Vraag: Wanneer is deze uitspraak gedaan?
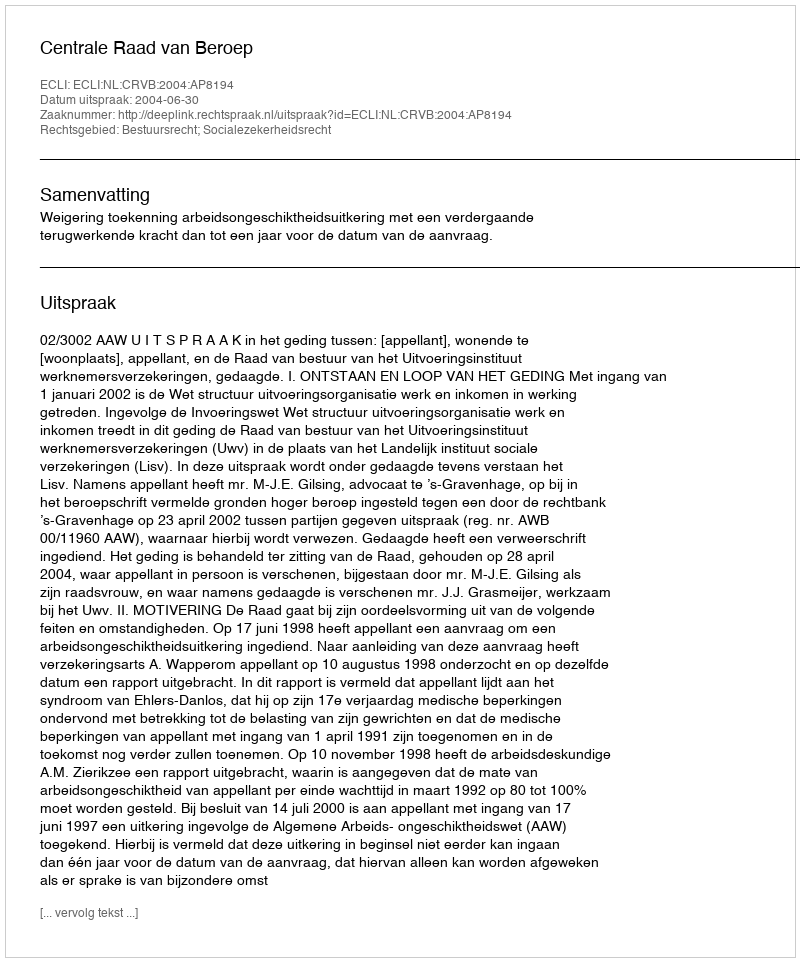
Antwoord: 2004-06-30